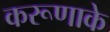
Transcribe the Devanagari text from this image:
करूणाके